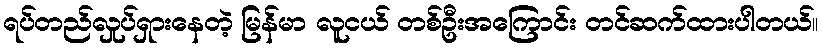
ရပ်တည်လှုပ်ရှားနေတဲ့ မြန်မာ လူငယ် တစ်ဦးအကြောင်း တင်ဆက်ထားပါတယ်။